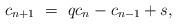
LaTeX: \begin{align*}c_{n+1} \ = \ q c_{n}-c_{n-1}+s,\end{align*}